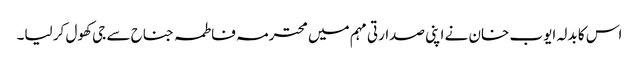
اس کا بدلہ ایوب خان نے اپنی صدارتی مہم میں محترمہ فاطمہ جناح سے جی کھول کر لیا۔